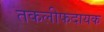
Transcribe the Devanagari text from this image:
तकलीफदायक